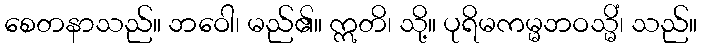
စေတနာသည်။ ဘဝေါ၊ မည်၏။ ဣတိ၊ သို့။ ပုရိမကမ္မဘဝသ္မိံ၊ သည်။